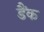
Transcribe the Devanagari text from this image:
डैंक